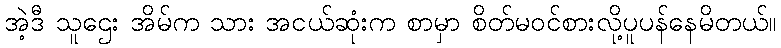
အဲ့ဒီ သူဌေး အိမ်က သား အငယ်ဆုံးက စာမှာ စိတ်မဝင်စားလို့ပူပန်နေမိတယ်။